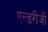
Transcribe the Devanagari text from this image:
एल्डरीजी